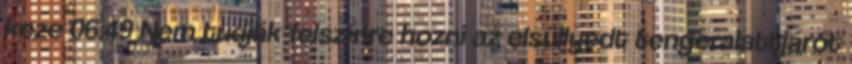
keze 06:49 Nem tudják felszínre hozni az elsüllyedt tengeralattjárót